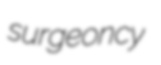
surgeoncy